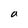
Character: a